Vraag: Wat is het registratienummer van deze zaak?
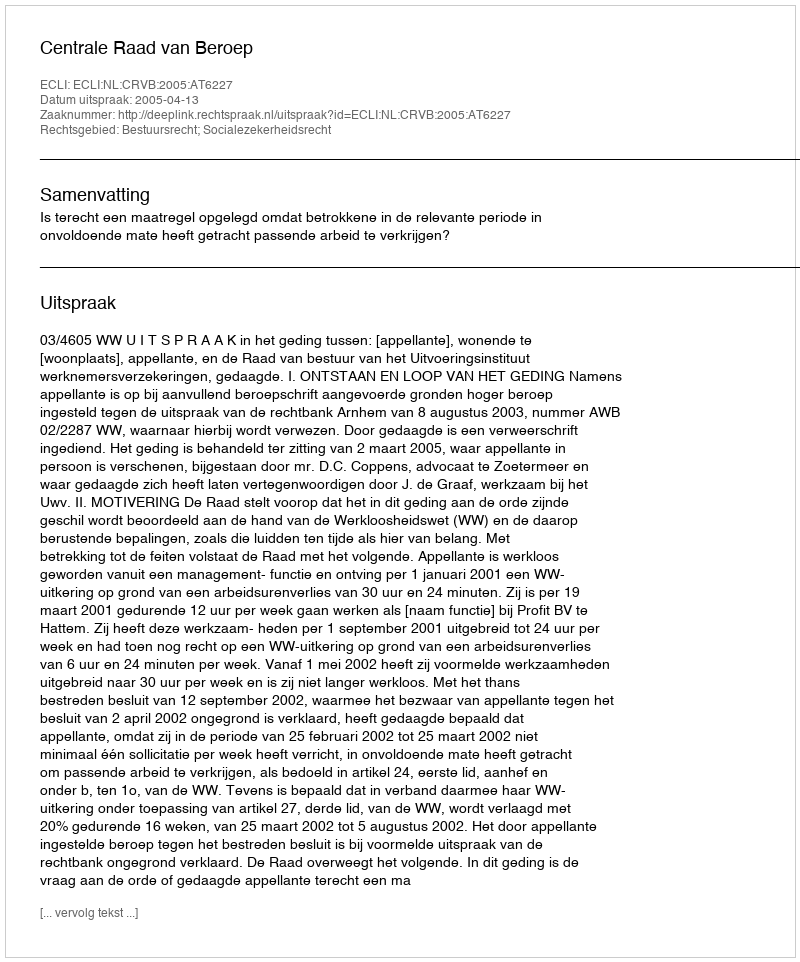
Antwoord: http://deeplink.rechtspraak.nl/uitspraak?id=ECLI:NL:CRVB:2005:AT6227